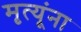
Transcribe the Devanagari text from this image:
मृत्यूंना